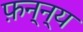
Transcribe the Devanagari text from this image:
फ़न्न्य